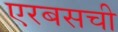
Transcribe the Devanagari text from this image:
एरबसची